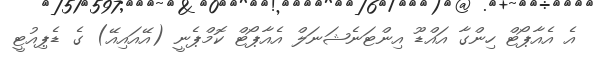
އެ އެއާޕޯޓް ހިންގާ އައްޑޫ އިންޓަނެޝަނަލް އެއާޕޯޓް ކޮމްޕެނީ (އޭއައިއޭ) ގެ ޑެޕިއުޓީ